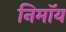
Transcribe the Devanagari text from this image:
निमाॅय